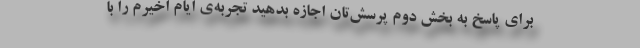
برای پاسخ به بخش دوم پرسش‌تان اجازه بدهید تجربه‌ی ایام اخیرم را با